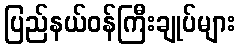
ပြည်နယ်ဝန်ကြီးချုပ်များ